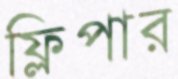
ফ্লিপার